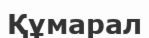
Құмарал